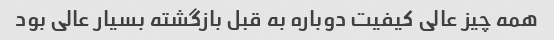
همه چیز عالی کیفیت دوباره به قبل بازگشته بسیار عالی بود